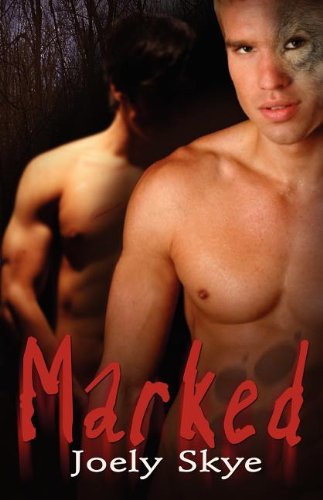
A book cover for Marked; Joely Skye; Romance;